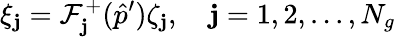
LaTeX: \xi_{\mathbf{j}}=\mathcal{{F}}_{\mathbf{j}}^{+}(\hat{{p}}^{\prime})\zeta_{\mathbf{j}},\quad\mathbf{j}=1,2,...,N_{g}